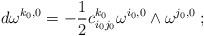
LaTeX: \begin{align*}d \omega^{k_0 , 0} = - \frac{1}{2} c_{i_0 j_0}^{k_0} \omega^{i_0 ,0} \wedge \omega^{j_0 , 0} \; ;\end{align*}